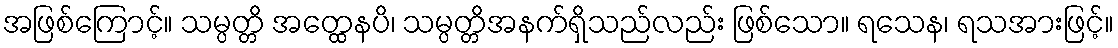
အဖြစ်ကြောင့်။ သမ္ပတ္တိ အတ္ထေနပိ၊ သမ္ပတ္တိအနက်ရှိသည်လည်း ဖြစ်သော။ ရသေန၊ ရသအားဖြင့်။